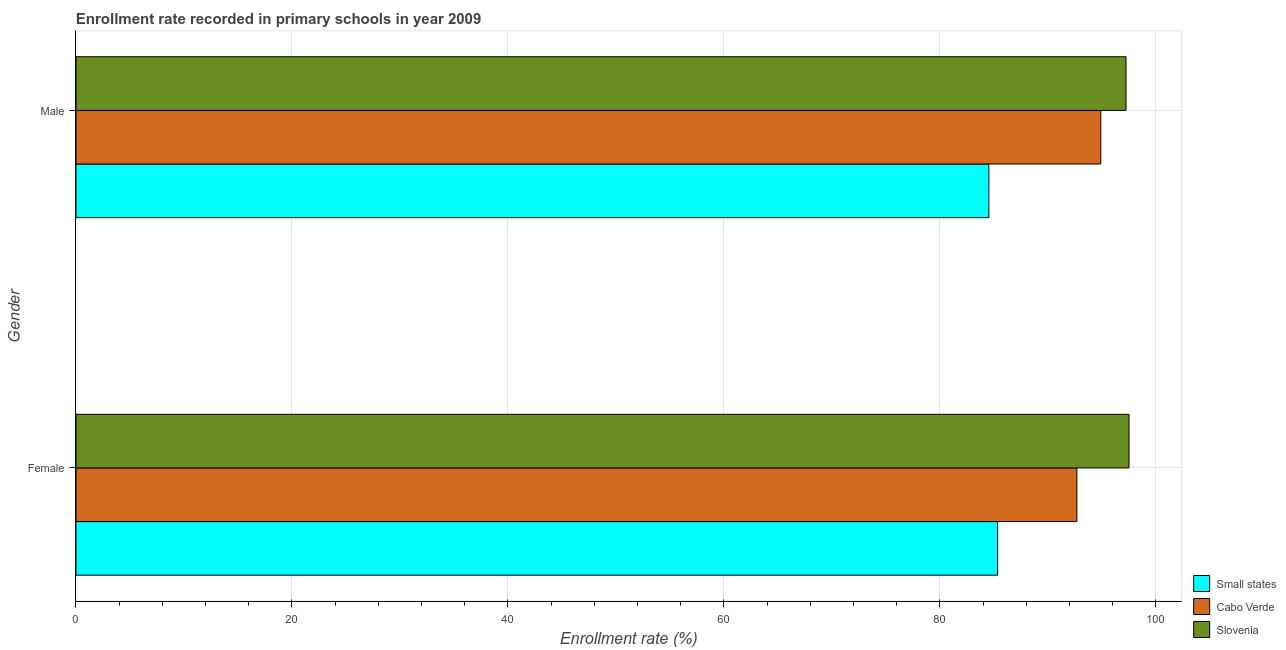
| Gender | Small states | Cabo Verde | Slovenia |
 | --- | --- | --- | --- |
 | Female | 85.3 | 92.7 | 97.5 |
 | Male | 84.5 | 94.9 | 97.2 |